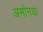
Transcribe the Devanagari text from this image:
अमोनया